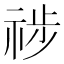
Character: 𥙺